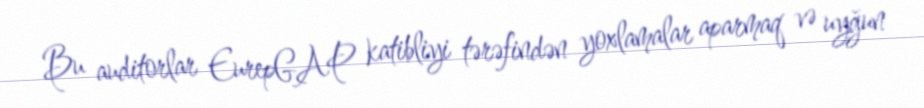
Bu auditorlar EurepGAP katibliyi tərəfindən yoxlamalar aparmaq və uyğun